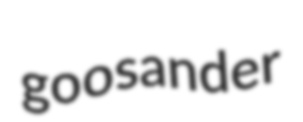
goosander